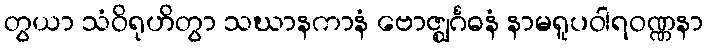
တွယာ သံဝိရုဟိတွာ သဃာနကာနံ ဗောဇ္ဈင်္ဂဓနံ နာမရူပဝါရဝဏ္ဏနာ